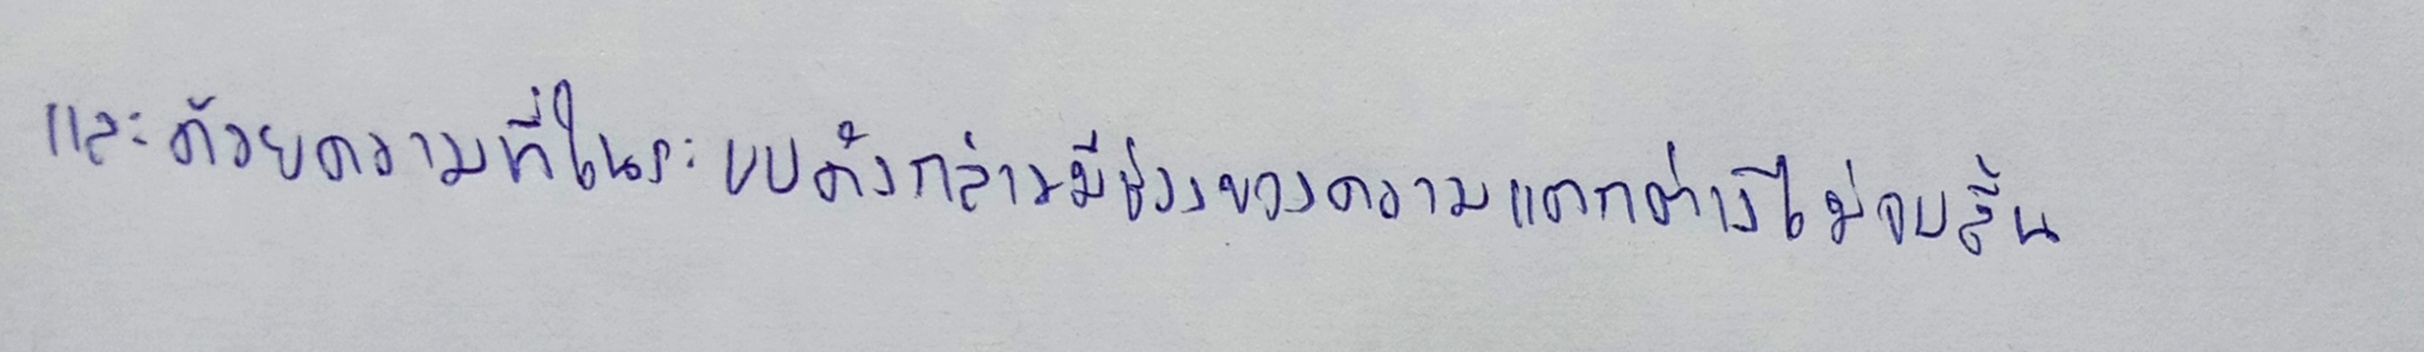
และด้วยความที่ในระบบดังกล่าวมีช่วงของความแตกต่างที่ไม่จบสิ้น